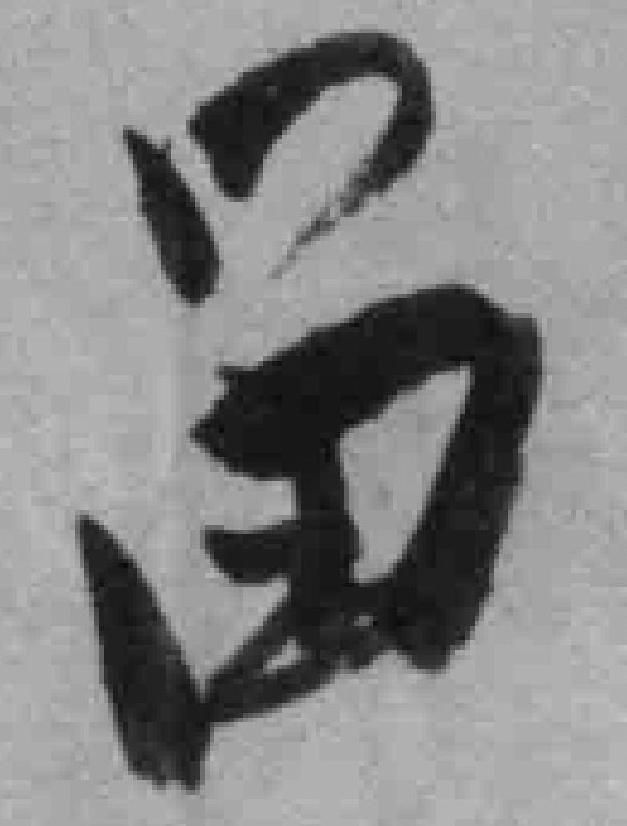
畄